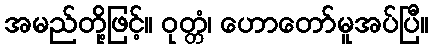
အမည်တို့ဖြင့်။ ဝုတ္တံ၊ ဟောတော်မူအပ်ပြီ။